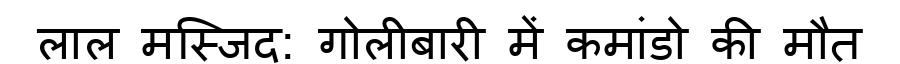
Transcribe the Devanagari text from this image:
लाल मस्जिद: गोलीबारी में कमांडो की मौत